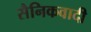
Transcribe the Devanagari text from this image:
सैनिकवादी